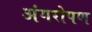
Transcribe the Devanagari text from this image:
अंगरोपण